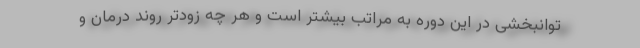
توانبخشی در این دوره به مراتب بیشتر است و هر چه زودتر روند درمان و